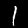
Digit: 1